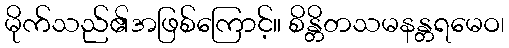
မိုက်သည်၏အဖြစ်ကြောင့်။ စိန္တိတသမနန္တရမေဝ၊